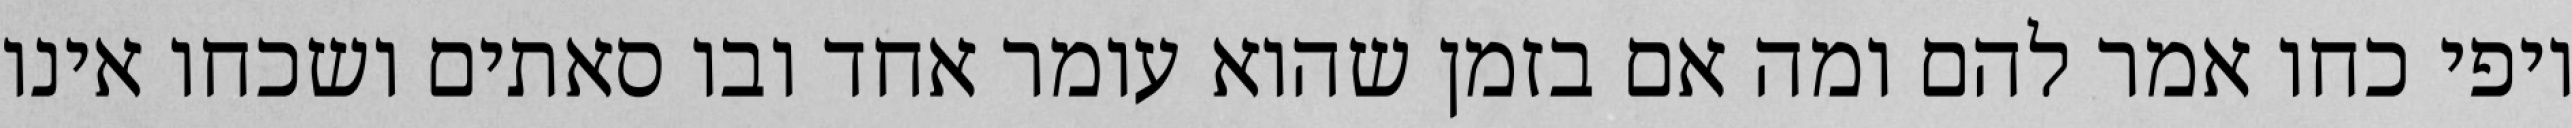
יופי כחו אמר להם ומה אם בזמן שהוא עומר אחד ובו סאתים ושכחו אינו